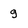
Character: g